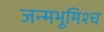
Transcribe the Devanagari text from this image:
जन्मभूमिश्च